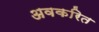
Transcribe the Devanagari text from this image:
अवकरित